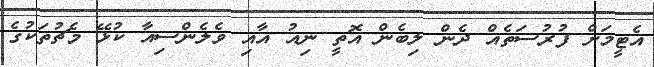
އެޓީމަށް ފުރުސަތެއް ދެން ލިބެން އޮތީ ނިއު އާއި ވެލެންސިއާ ކުޅޭ މެޗުތަކުގެ